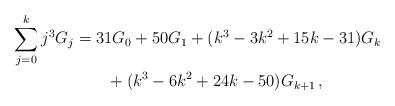
LaTeX: \begin{align*}\sum_{j = 0}^k {j^3 G_j } &= 31G_0 + 50G_1 + (k^3 - 3k^2 + 15k - 31)G_k\\&\qquad+ (k^3 - 6k^2 + 24k - 50)G_{k + 1}\,,\end{align*}